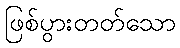
ဖြစ်ပွားတတ်သော